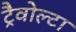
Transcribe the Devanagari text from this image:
ट्रैवोल्टा